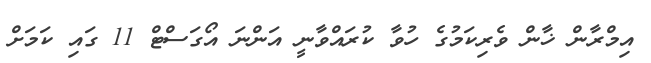
އިމްރާން ޚާން ވެރިކަމުގެ ހުވާ ކުރައްވާނީ އަންނަ އޯގަސްޓް 11 ގައި ކަމަށް